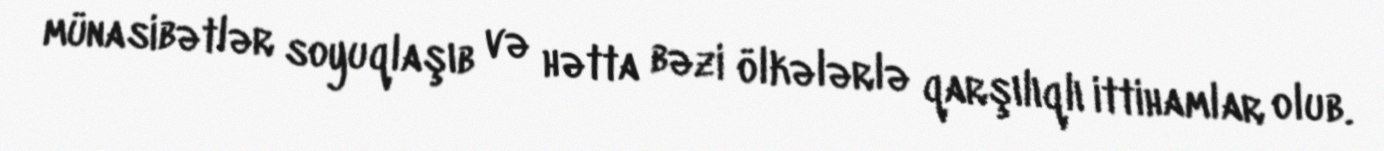
münasibətlər soyuqlaşıb və hətta bəzi ölkələrlə qarşılıqlı ittihamlar olub.